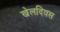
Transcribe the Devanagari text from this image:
खेलदिवस